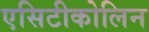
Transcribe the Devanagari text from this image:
एसिटीकोलिन